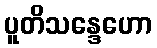
ပူတိသန္ဒေဟော